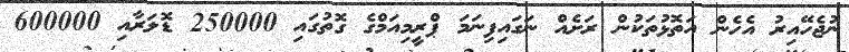
ނުޖެހޭއިރު އެހެން އަތޮޅުތަކުން ރަށެއް ނަގައިފިނަމަ ޕްރީމިއަމްގެ ގޮތުގައި 250000 ޑޮލަރާއި 600000